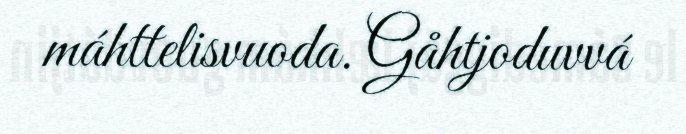
máhttelisvuoda. Gåhtjoduvvá